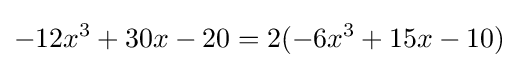
-12x^{3}+30x-20=2(-6x^{3}+15x-10)